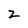
Character: Z